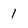
Character: 1